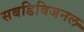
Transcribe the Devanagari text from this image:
सबडिविजनल